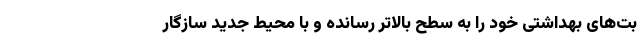
بت‌های بهداشتی خود را به سطح بالاتر رسانده و با محیط جدید سازگار